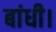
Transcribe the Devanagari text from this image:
बांधी।